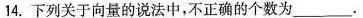
14.下列关于向量的说法中，不正确的个数为___.